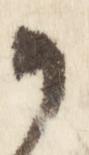
か